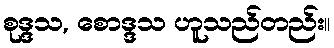
စုဒ္ဒသ, စောဒ္ဒသ ဟူသည်တည်း။